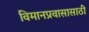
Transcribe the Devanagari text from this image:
विमानप्रवासासाठी